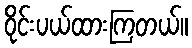
ဝိုင်းပယ်ထားကြတယ်။